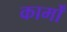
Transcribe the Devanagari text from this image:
कार्मों